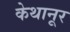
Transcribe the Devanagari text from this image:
केथानूर